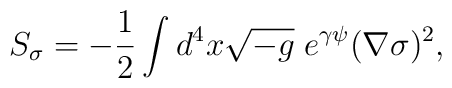
S_\sigma=-\frac{1}{2}\int d^4 x\sqrt{-g}\;e^{\gamma\psi}(\nabla\sigma)^2,